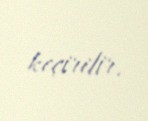
keçirilir.